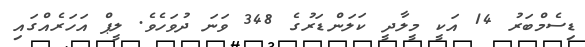
ޑިސެމްބަރު 14 އަކީ މީލާދީ ކަލަންޑަރުގެ 348 ވަނަ ދުވަހެވެ. ލީޕް އަހަރެއްގައި